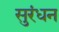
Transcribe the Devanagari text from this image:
सुरंधन